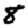
Digit: 8